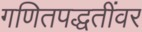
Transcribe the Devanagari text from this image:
गणितपद्धतींवर